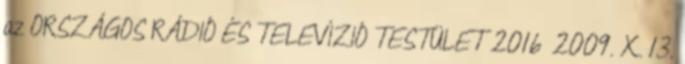
az ORSZÁGOS RÁDIÓ ÉS TELEVÍZIÓ TESTÜLET 2016 2009. X. 13.